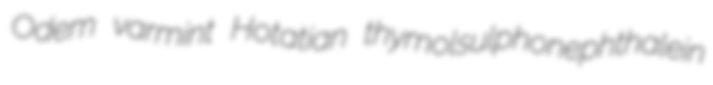
Odem varmint Hotatian thymolsulphonephthalein